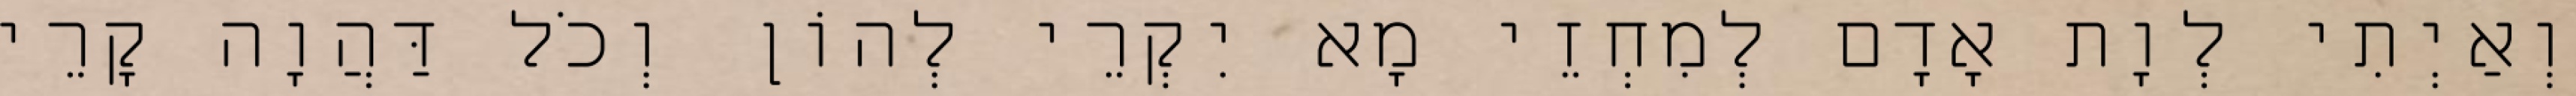
וְאַיְתִי לְוָת אָדָם לְמִחְזֵי מָא יִקְרֵי לְהוֹן וְכֹל דַּהֲוָה קָרֵי